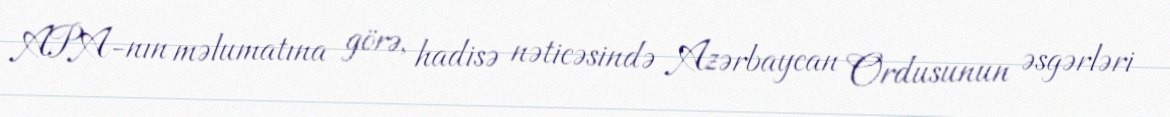
APA-nın məlumatına görə, hadisə nəticəsində Azərbaycan Ordusunun əsgərləri